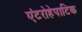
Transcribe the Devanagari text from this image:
एंटरोहेपाटिक